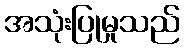
အသုံးပြုမှုသည်